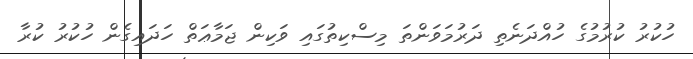
ހުކުރު ކުރުމުގެ ހުއްދަނެތި ދަރުމަވަންތަ މިސްކިތުގައި ވަކިން ޖަމާޢަތް ހަދައިގެން ހުކުރު ކުރާ